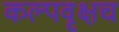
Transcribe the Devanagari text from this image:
कल्पवृक्षच